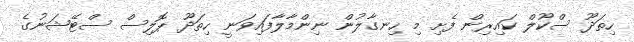
ހިތަދޫ ސްކޫލް ކައިރިން ފެށި މި ހިނގާލުން ނިންމާލާފައިވަނީ ހިތަދޫ ޕޮލިސް ސްޓޭޝަނުގެ